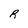
Character: R